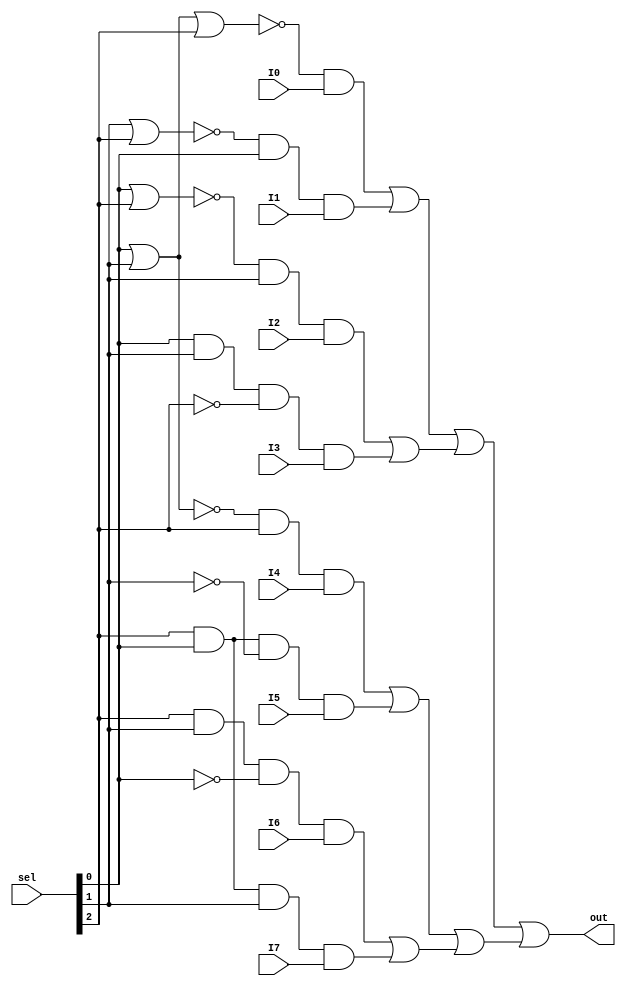
module Multiplexor_1_3(I0, I1, I2, I3, I4, I5, I6, I7, sel, out);
  input I0, I1, I2, I3, I4, I5, I6, I7;
  input [2:0] sel;
  output out;
  wire [0:0] C0, C0_1, C0_2, C1, C1_1, C2, C2_1, C3, C3_1, C3_2, C4, C4_1, C5, C5_1, C5_2, C6, C6_1, C6_2, C7, C7_1, OP0, OP1, OP2, OP3, OP4, OP5, OP6, OP7, POS0, POS1, POS2, POS3, POS4, POS5, POS6;
  
  // Es 0?
  nor (C0_1, sel[0], sel[1]);
  not (C0_2, C0_1);
  nor (C0, C0_2, sel[2]);
  
  // Es 1?
  nor (C1_1, sel[1], sel[2]);
  and (C1, C1_1, sel[0]);
  
  // Es 2?
  nor (C2_1, sel[0], sel[2]);
  and (C2, C2_1, sel[1]);
  
  // Es 3?
  and (C3_1, sel[0], sel[1]);
  not (C3_2, sel[2]);
  and (C3, C3_1, C3_2);
  
  // Es 4?
  nor (C4_1, sel[0], sel[1]);
  and (C4, C4_1, sel[2]);
  
  // Es 5?
  and (C5_1, sel[2], sel[0]);
  not (C5_2, sel[1]);
  and (C5, C5_1, C5_2);
  
  // Es 6?
  and (C6_1, sel[2], sel[1]);
  not (C6_2, sel[0]);
  and (C6, C6_1, C6_2);
  
  // Es 7?
  and (C7_1, sel[2], sel[0]);
  and (C7, C7_1, sel[1]);
  
  // Elegir el bit correcto 
  
  and (OP0, C0, I0);
  and (OP1, C1, I1);
  and (OP2, C2, I2);
  and (OP3, C3, I3);
  and (OP4, C4, I4);
  and (OP5, C5, I5);
  and (OP6, C6, I6);
  and (OP7, C7, I7);
  
  // Dejar pasar bit seleccionado
  
  or (POS1, OP0, OP1);
  or (POS2, OP2, OP3);
  or (POS3, OP4, OP5);
  or (POS4, OP6, OP7);
  or (POS5, POS1, POS2);
  or (POS6, POS3, POS4);
  or (out, POS5, POS6);
endmodule